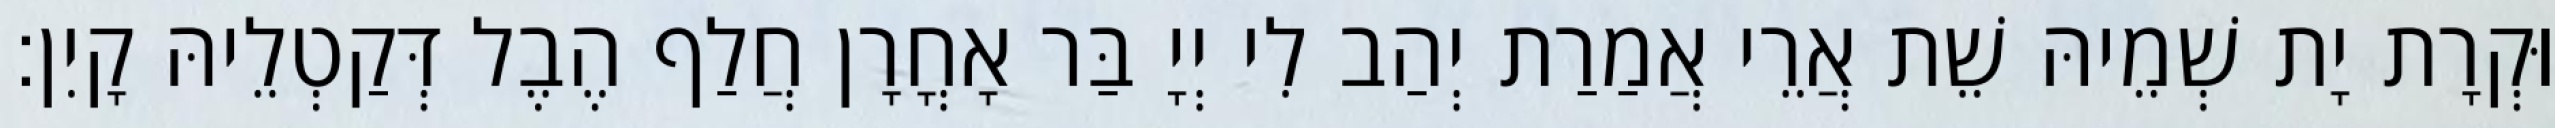
וּקְרָת יָת שְׁמֵיהּ שֵׁת אֲרֵי אֲמַרַת יְהַב לִי יְיָ בַּר אָחֳרָן חֲלַף הֶבֶל דְּקַטְלֵיהּ קָיִן׃